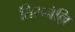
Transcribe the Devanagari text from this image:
तिरुनेल्लि